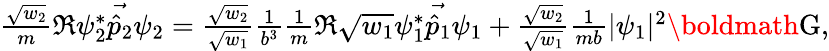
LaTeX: \begin{array}{r}{\frac{\sqrt{w_{2}}}{m}\Re{\psi_{2}^{*}\vec{\hat{p}_{2}}\psi_{2}}=\frac{\sqrt{w_{2}}}{\sqrt{w_{1}}}\frac{1}{b^{3}}\frac{1}{m}\Re{\sqrt{w_{1}}\psi_{1}^{*}\vec{\hat{p}_{1}}\psi_{1}}+\frac{\sqrt{w_{2}}}{\sqrt{w_{1}}}\frac{1}{mb}|\psi_{1}|^{2}\textnormal{\boldmath G},}\end{array}